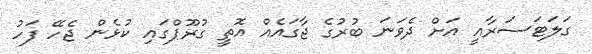
ގަލަޓަސަރާއީ އަށް ދެވަނަ ބުރުގެ ޖާގައެއް އޮތީ ގުރޫޕްގައި ކުޅެން ޖެހޭ ފަހު